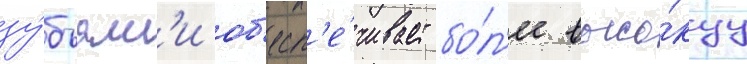
зу́бьям'и об'есп'е́чивает бо́л'ее высо́куу